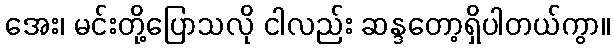
အေး၊ မင်းတို့ပြောသလို ငါလည်း ဆန္ဒတော့ရှိပါတယ်ကွာ။